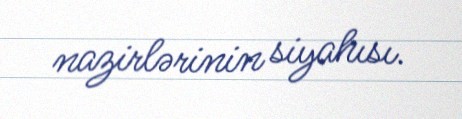
nazirlərinin siyahısı.